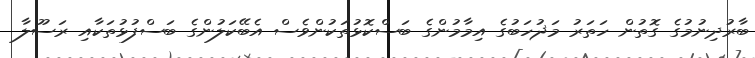
ބާރުދިނުމުގެ ގޮތުން ހަތަރު މަޛުހަބުގެ އިމާމުންގެ ބަސްކޮޅުތަކުންވެސް އެބޭކަލުންގެ ބަސްފުޅުތަކާއި ރަސޫލާ